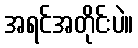
အရင်အတိုင်းပဲ။